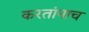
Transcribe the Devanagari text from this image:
करतांनाच